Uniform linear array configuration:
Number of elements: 32
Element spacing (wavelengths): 0.5
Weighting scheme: uniform
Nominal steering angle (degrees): -15
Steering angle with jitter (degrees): -13.757
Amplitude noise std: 0.05
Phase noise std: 0.05

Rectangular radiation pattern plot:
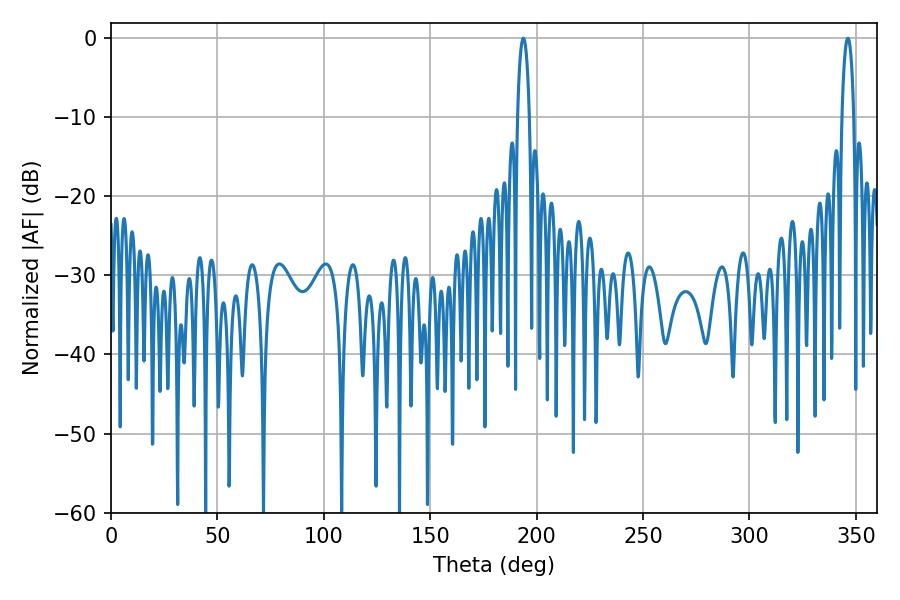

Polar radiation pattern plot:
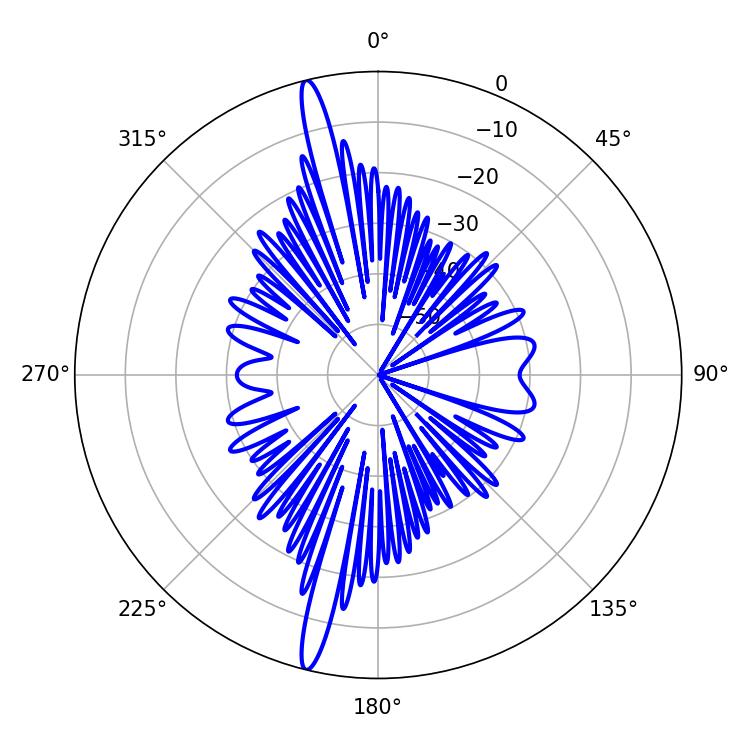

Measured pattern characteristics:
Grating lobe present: FALSE
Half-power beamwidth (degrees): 3.06
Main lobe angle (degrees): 193.68